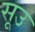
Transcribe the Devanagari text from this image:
सूउ